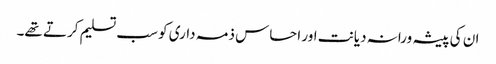
ان کی پیشہ ورانہ دیانت اور احساس ذمہ داری کو سب تسلیم کرتے تھے۔